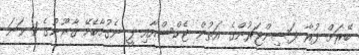
ބޭރަށް ފުރާ ފަސިންޖަރުންގެ އަތުން ޓެކްސްއާއި ފީ ނެގުމާބެހޭ ޤާނޫނުގެ 1 ވަނަ